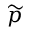
\widetilde { p }